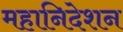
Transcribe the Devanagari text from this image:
महानिदेशन